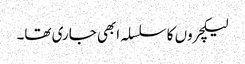
لیکچروں کا سلسلہ ابھی جاری تھا۔